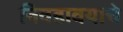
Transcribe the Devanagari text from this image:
निवडावयाचे